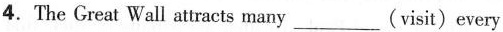
4.The Great Wall atracts many___(visit)every